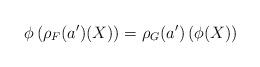
LaTeX: \begin{align*} \phi\left( \rho_F(a^{\prime})(X)\right) = \rho_G(a^{\prime})\left(\phi(X)\right) \end{align*}